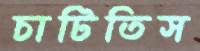
চাটিতিস